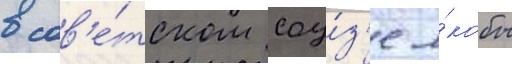
в сов'е́тском соу́з'е я́кобы